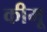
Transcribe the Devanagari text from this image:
कीमू